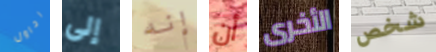
احاول إلى إنه أن الأخرى شخص